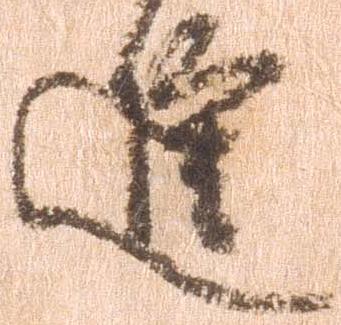
進